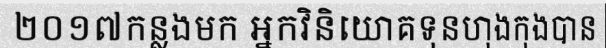
២០១៧កន្លងមក អ្នកវិនិយោគទុនហុងកុងបាន